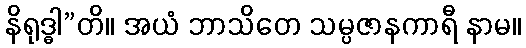
နိရုဒ္ဓါ”တိ။ အယံ ဘာသိတေ သမ္ပဇာနကာရီ နာမ။